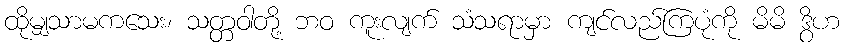
ထိုမျှသာမကသေး၊ သတ္တဝါတို့ ဘဝ ကူးလျက် သံသရာမှာ ကျင်လည်ကြပုံကို မိမိ ဒွိဟ